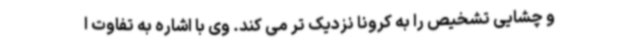
و چشایی تشخیص را به کرونا نزدیک تر می کند. وی با اشاره به تفاوت ا